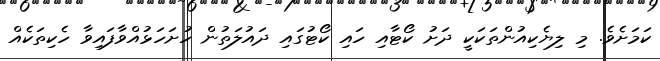
ކަމަށެވެ. މި ލިޔެކިއުންތަކަކީ ދަށު ކޯޓާއި ހައި ކޯޓުގައި ދައުލަތުން ހުށަހަޅުއްވާފައިވާ ހެކިތަކެއް